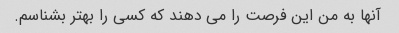
آنها به من این فرصت را می دهند که کسی را بهتر بشناسم.